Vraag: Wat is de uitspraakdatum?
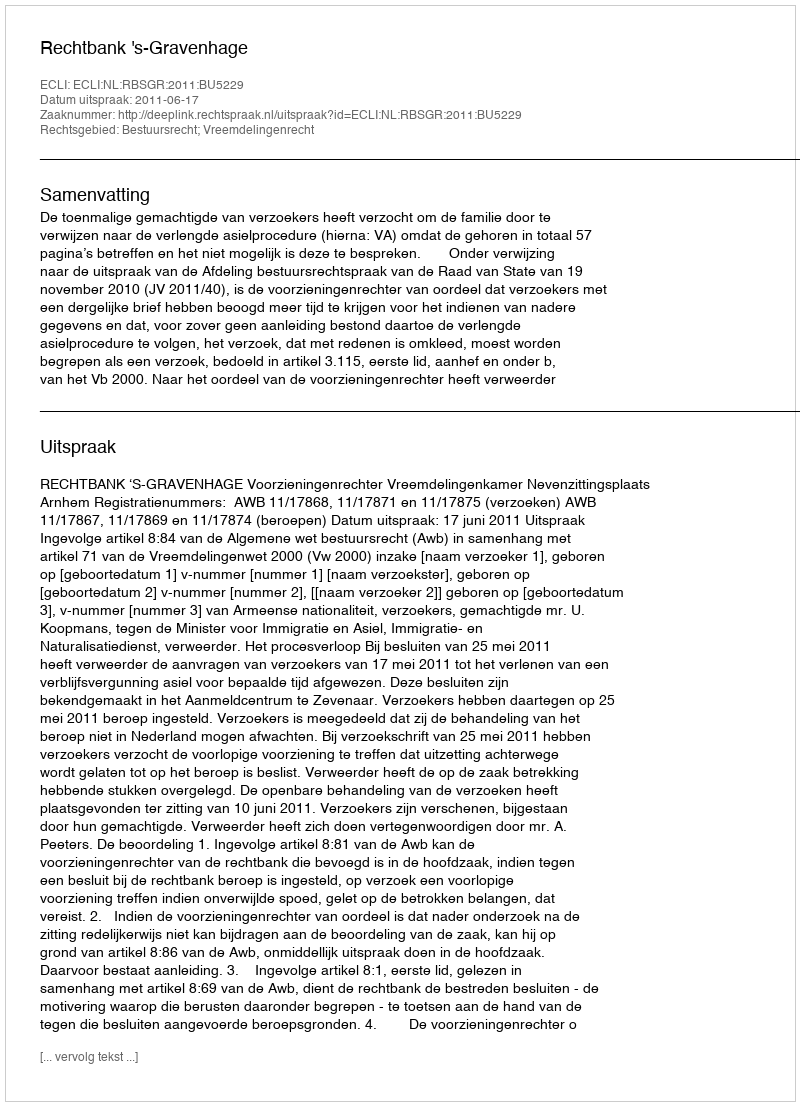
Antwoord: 2011-06-17